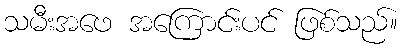
သမီးအဖေ အကြောင်းပင် ဖြစ်သည်။